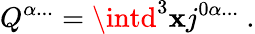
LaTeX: Q^{\alpha...}=\intd^{3}\mathbf{x}j^{0\alpha...}\ .